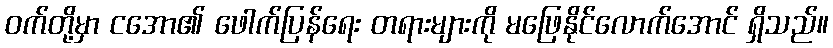
ဝက်တို့မှာ ငအော၏ ဖေါက်ပြန်ရေး တရားများကို မဖြေနိုင်လောက်အောင် ရှိသည်။